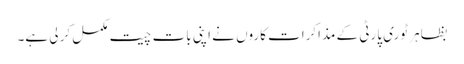
بظاہر ٹوری پارٹی کے مذاکرات کاروں نے اپنی بات چیت مکمل کر لی ہے۔